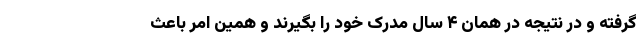
گرفته و در نتیجه در همان ۴ سال مدرک خود را بگیرند و همین امر باعث